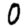
Digit: 0